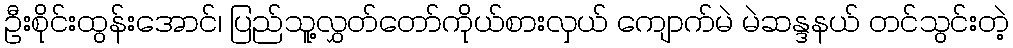
ဦးစိုင်းထွန်းအောင်၊ ပြည်သူ့လွှတ်တော်ကိုယ်စားလှယ် ကျောက်မဲ မဲဆန္ဒနယ် တင်သွင်းတဲ့